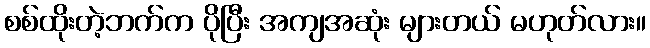
စစ်ထိုးတဲ့ဘက်က ပိုပြီး အကျအဆုံး များတယ် မဟုတ်လား။